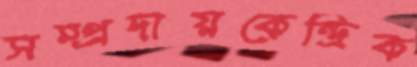
সম্প্রদায়কেন্দ্রিক